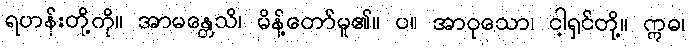
ရဟန်းတို့ကို။ အာမန္တေသိ၊ မိန့်တော်မူ၏။ ပ။ အာဝုသော၊ ငါ့ရှင်တို့။ ဣဓ၊